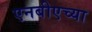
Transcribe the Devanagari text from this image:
एनबीएच्या